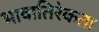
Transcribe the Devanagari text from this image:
भावातिरेकता